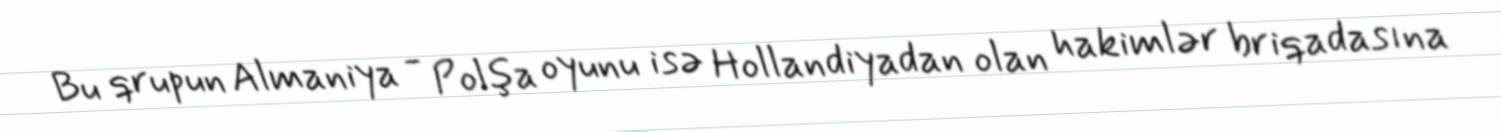
Bu qrupun Almaniya - Polşa oyunu isə Hollandiyadan olan hakimlər briqadasına